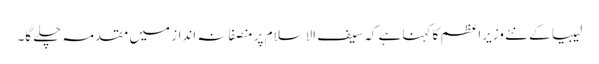
لیبیا کے نئے وزیراعظم کا کہنا ہے کہ سیف الاسلام پر منصفانہ انداز میں مقدمہ چلے گا۔